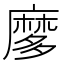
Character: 𪎠